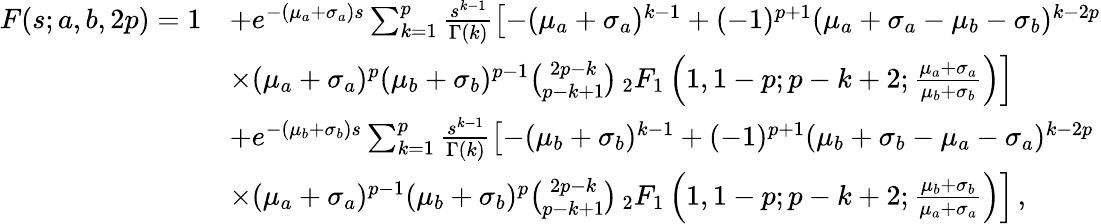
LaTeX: \begin{array}{rl}{F(s;a,b,2p)=1}&{+e^{-(\mu_{a}+\sigma_{a})s}\sum_{k=1}^{p}\frac{s^{k-1}}{\Gamma(k)}\left[-(\mu_{a}+\sigma_{a})^{k-1}+(-1)^{p+1}(\mu_{a}+\sigma_{a}-\mu_{b}-\sigma_{b})^{k-2p}\right.}\\ &{\left.\times(\mu_{a}+\sigma_{a})^{p}(\mu_{b}+\sigma_{b})^{p-1}\binom{2p-k}{p-k+1}\, _{2}F_{1}\left(1,1-p;p-k+2;\frac{\mu_{a}+\sigma_{a}}{\mu_{b}+\sigma_{b}}\right)\right]}\\ &{+e^{-(\mu_{b}+\sigma_{b})s}\sum_{k=1}^{p}\frac{s^{k-1}}{\Gamma(k)}\left[-(\mu_{b}+\sigma_{b})^{k-1}+(-1)^{p+1}(\mu_{b}+\sigma_{b}-\mu_{a}-\sigma_{a})^{k-2p}\right.}\\ &{\left.\times(\mu_{a}+\sigma_{a})^{p-1}(\mu_{b}+\sigma_{b})^{p}\binom{2p-k}{p-k+1}\, _{2}F_{1}\left(1,1-p;p-k+2;\frac{\mu_{b}+\sigma_{b}}{\mu_{a}+\sigma_{a}}\right)\right]\, ,}\end{array}